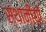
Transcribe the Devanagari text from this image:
स्थानीयों